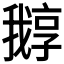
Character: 𡦛